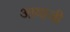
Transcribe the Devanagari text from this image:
आयाजी